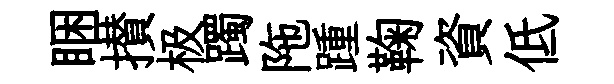
睏攅极躅陁踵鞠資低